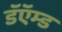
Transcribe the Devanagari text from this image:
डॅऍम्ड